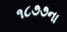
૧૮૭૭ના